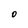
Character: O